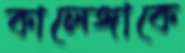
কালেঙ্গাকে